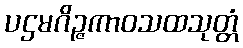
ပဌမဂိဉ္ဇကာဝသထသုတ္တံ